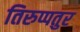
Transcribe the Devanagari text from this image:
तिरुप्पतुर